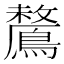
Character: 𪅗